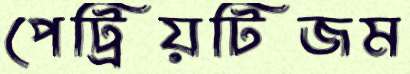
পেট্রিয়টিজম